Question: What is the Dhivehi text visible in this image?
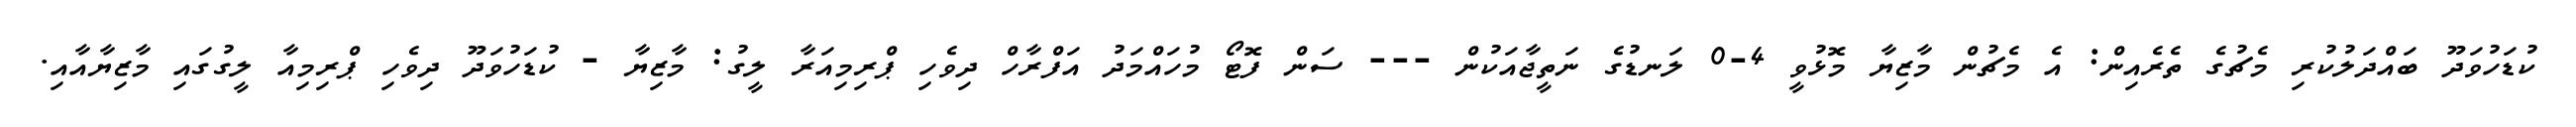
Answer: ކުޑަހުވަދޫ ބައްދަލުކުރި މެޗުގެ ތެރެއިން: އެ މެޗުން މާޒިޔާ މޮޅުވީ 4-0 ލަނޑުގެ ނަތީޖާއަކުން --- ސަން ފޮޓޯ މުހައްމަދު އަފްރާހް ދިވެހި ޕްރިމިއަރާ ލީގު: މާޒިޔާ - ކުޑަހުވަދޫ ދިވެހި ޕްރިމިއާ ލީގުގައި މާޒިޔާއާއި.